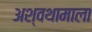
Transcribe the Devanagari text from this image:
अश्वथामाला